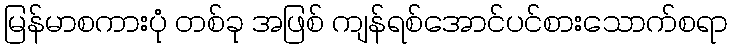
မြန်မာစကားပုံ တစ်ခု အဖြစ် ကျန်ရစ်အောင်ပင်စားသောက်စရာ